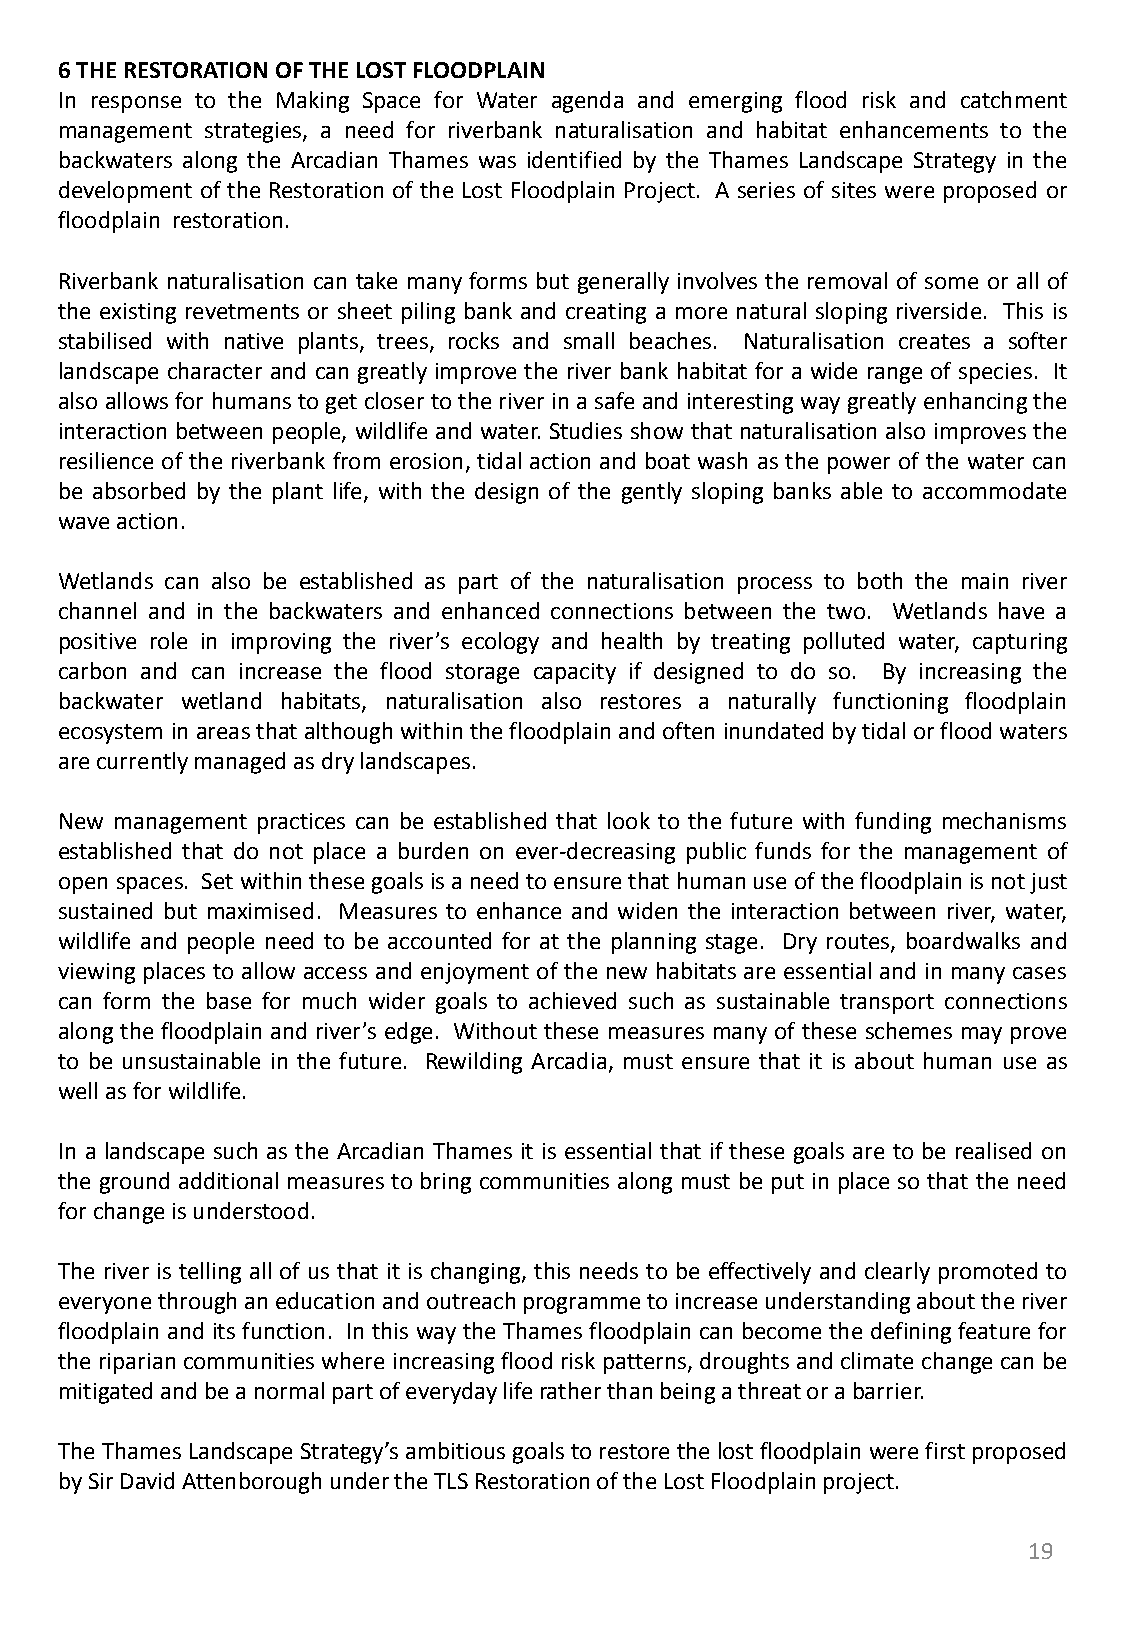
6THERESTORATIONOFTHELOSTFLOODPLAIN
 In response to the Making Space for Water agenda and emerging flood risk and catchment
 management strategies, a need for riverbank naturalisation and habitat enhancements to the
 backwaters along the Arcadian Thames was identified by the Thames Landscape Strategy in the
 development of the Restoration of the Lost Floodplain Project. A series of sites were proposed or
 floodplain restoration.
 Riverbank naturalisation can take many forms but generally involves the removal of some or all of
 the existing revetments or sheet piling bank and creating a more natural sloping riverside. This is
 stabilised with native plants, trees, rocks and small beaches. Naturalisation creates a softer
 landscape character and can greatly improve the river bank habitat for a wide range of species. It
 also allowsfor humans to get closer to theriver in a safe and interestingwaygreatlyenhancingthe
 interaction between people, wildlife and water. Studies show that naturalisation also improves the
 resilience of the riverbank from erosion, tidal action and boat wash as the power of the water can
 be absorbed by the plant life, with the design of the gently sloping banks able to accommodate
 waveaction.
 Wetlands can also be established as part of the naturalisation process to both the main river
 channel and in the backwaters and enhanced connections between the two. Wetlands have a
 positive role in improving the river’s ecology and health by treating polluted water, capturing
 carbon and can increase the flood storage capacity if designed to do so. By increasing the
 backwater wetland habitats, naturalisation also restores a naturally functioning floodplain
 ecosysteminareasthatalthoughwithinthefloodplainandofteninundatedbytidalorfloodwaters
 arecurrentlymanagedasdrylandscapes.
 New management practices can be established that look to the future with funding mechanisms
 established that do not place a burden on ever-decreasing public funds for the management of
 openspaces. Setwithinthesegoalsisaneedtoensurethathumanuseofthefloodplainisnotjust
 sustained but maximised. Measures to enhance and widen the interaction between river, water,
 wildlife and people need to be accounted for at the planning stage. Dry routes, boardwalks and
 viewing places to allow access and enjoyment of the new habitats are essential and in many cases
 can form the base for much wider goals to achieved such as sustainable transport connections
 along the floodplain and river’s edge. Without these measures many of these schemes may prove
 to be unsustainable in the future. Rewilding Arcadia, must ensure that it is about human use as
 wellasforwildlife.
 In a landscape such as the Arcadian Thames it is essential that if these goals are to be realised on
 the ground additional measures to bring communities along must be put in place so that the need
 forchangeisunderstood.
 The river is telling all of us that it is changing, this needs to be effectively and clearly promoted to
 everyonethroughaneducationandoutreachprogrammetoincreaseunderstandingabouttheriver
 floodplain and its function. In this way the Thames floodplain can become the defining feature for
 the riparian communities where increasing floodriskpatterns,droughts and climate change can be
 mitigatedandbeanormalpartofeverydayliferatherthanbeingathreatorabarrier.
 The ThamesLandscape Strategy’sambitious goals torestorethelostfloodplainwerefirstproposed
 bySirDavidAttenboroughundertheTLSRestorationoftheLostFloodplainproject.
 19